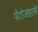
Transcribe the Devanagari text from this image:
पेंटोज़ाइली